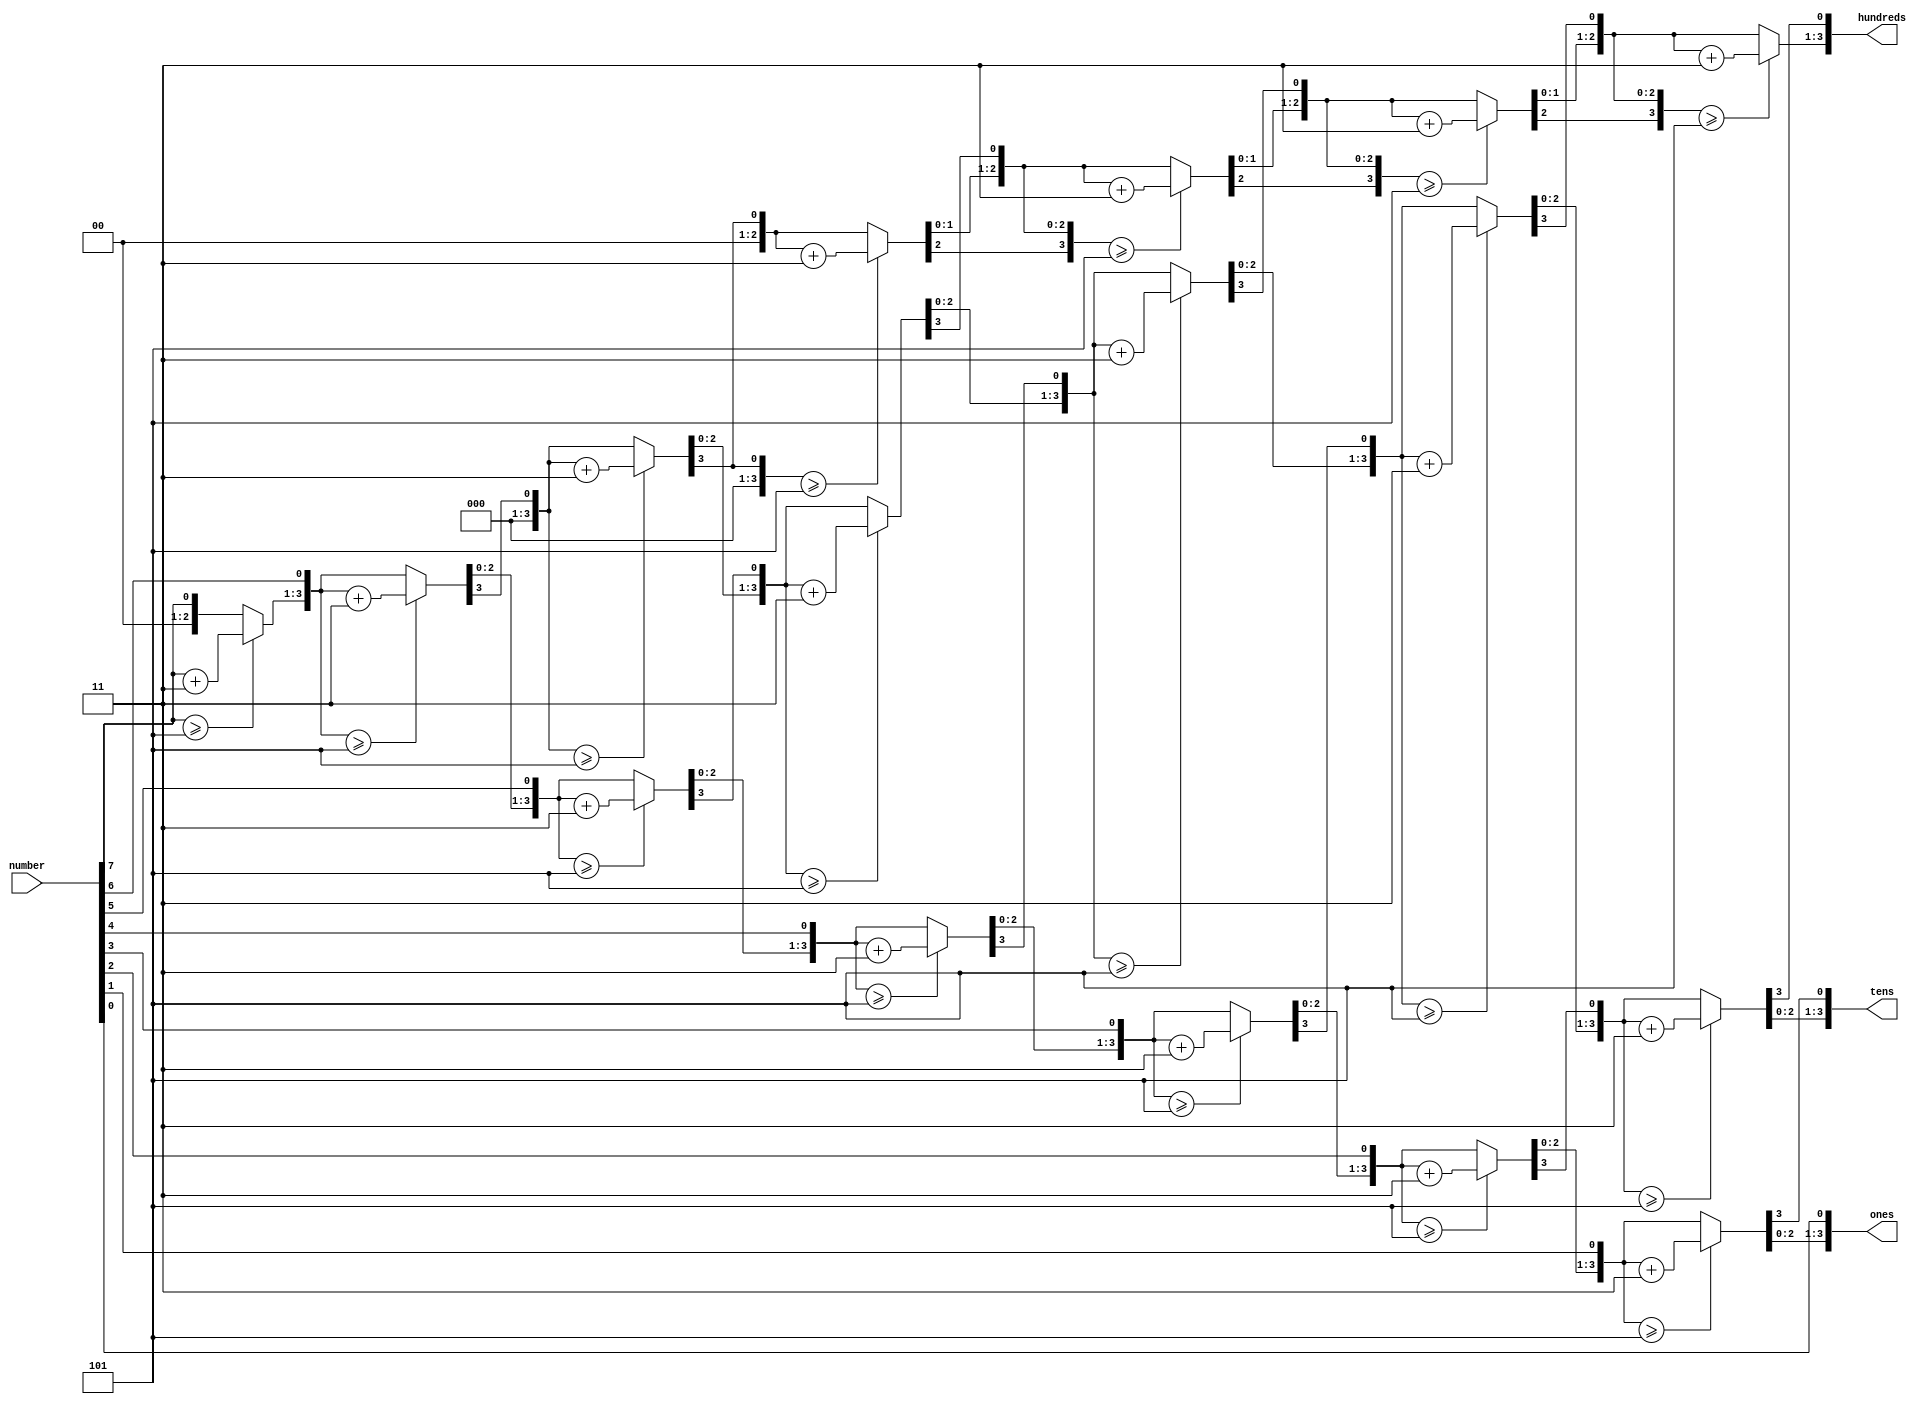
`timescale 1ns / 1ps
//////////////////////////////////////////////////////////////////////////////////
// Company: 
// Engineer: 
// 
// Design Name: 
// Module Name: BCD
// Project Name: 
// Target Devices: 
// Tool Versions: 
// Description: 
// 
// Dependencies: 
// 
// Revision:
// Revision 0.01 - File Created
// Additional Comments:
// 
//////////////////////////////////////////////////////////////////////////////////


module BCD(number, hundreds, tens, ones);
   // I/O Signal Definitions
   input  [7:0] number;
   output reg [3:0] hundreds;
   output reg [3:0] tens;
   output reg [3:0] ones;
   
   // Internal variable for storing bits
   reg [19:0] shift;
   integer i;
   
   always @(number)
   begin
      // Clear previous number and store new number in shift register
      shift[19:8] = 0;
      shift[7:0] = number;
      
      // Loop eight times
      for (i=0; i<8; i=i+1) begin
         if (shift[11:8] >= 5)
            shift[11:8] = shift[11:8] + 3;
            
         if (shift[15:12] >= 5)
            shift[15:12] = shift[15:12] + 3;
            
         if (shift[19:16] >= 5)
            shift[19:16] = shift[19:16] + 3;
         
         // Shift entire register left once
         shift = shift << 1;
      end
      
      // Push decimal numbers to output
      hundreds = shift[19:16];
      tens     = shift[15:12];
      ones     = shift[11:8];
   end
 
endmodule